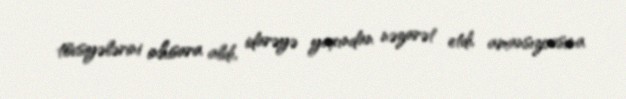
tövsiyələrini inhisara aldı, idarəyə yaxından nəzarət etdi, amansızcasına